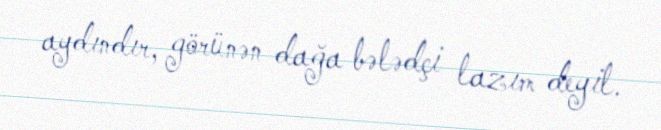
aydındır, görünən dağa bələdçi lazım deyil.